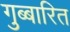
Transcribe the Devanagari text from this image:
गुब्बारित